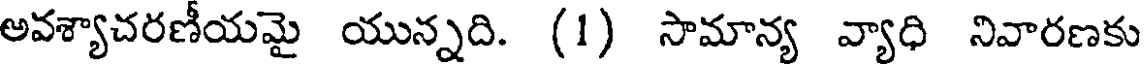
అవశ్యాచరణీయమై యున్నది. (1) సామాన్య వ్యాధి నివారణకు